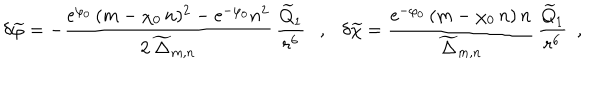
\delta { \widetilde \varphi } = - \frac { \mathrm { e } ^ { \varphi _ { 0 } } \, ( m - \chi _ { 0 } \, n ) ^ { 2 } - \mathrm { e } ^ { - \varphi _ { 0 } } n ^ { 2 } } { 2 \, { \widetilde \Delta } _ { m , n } } \, \frac { { \widetilde Q } _ { 1 } } { r ^ { 6 } } , \delta { \widetilde \chi } = \frac { \mathrm { e } ^ { - \varphi _ { 0 } } \, ( m - \chi _ { 0 } \, n ) \, n } { { \widetilde \Delta } _ { m , n } } \, \frac { { \widetilde Q } _ { 1 } } { r ^ { 6 } } ~ ~ ,